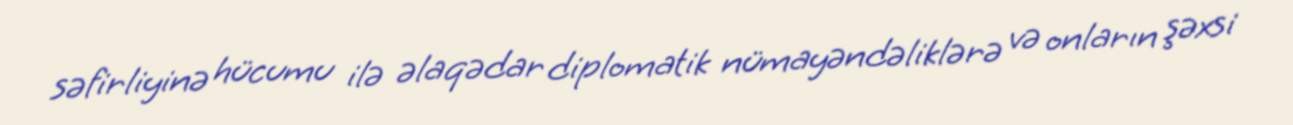
səfirliyinə hücumu ilə əlaqədar diplomatik nümayəndəliklərə və onların şəxsi